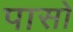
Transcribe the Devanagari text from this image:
पासो